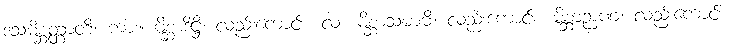
ဒသမိစ္ဆတ္တာတိ၊ ကား။ မိစ္ဆာဒိဋ္ဌိ၊ လည်းကောင်း။ လ။ မိစ္ဆာသမာဓိ၊ လည်းကောင်း။ မိစ္ဆာဉာဏံ၊ လည်းကောင်း။